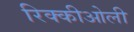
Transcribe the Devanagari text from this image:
रिक्कीओली